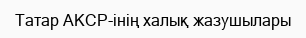
Татар АКСР-інің халық жазушылары